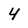
Character: 4